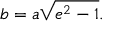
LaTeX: b = a { \sqrt { e ^ { 2 } - 1 } } .